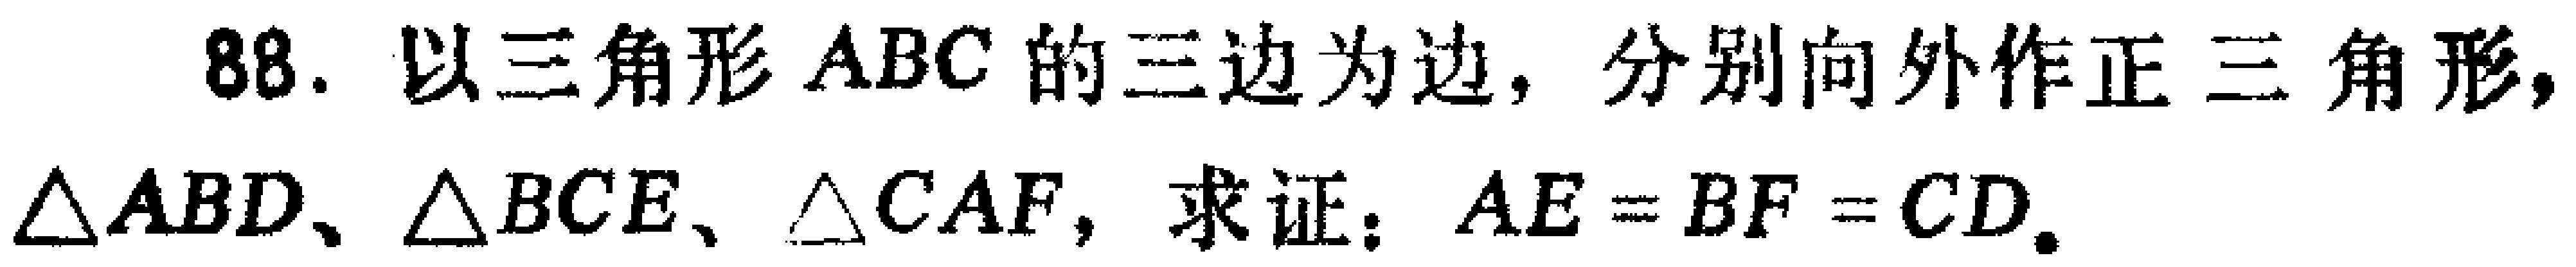
88. 以三角形 \(ABC\) 的三边为边，分别向外作正三角形，\(\triangle ABD\)、\(\triangle BCE\)、\(\triangle CAF\)，求证：\(AE = BF = CD\).